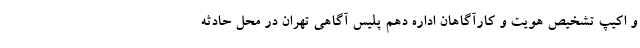
و اکیپ تشخیص هویت و کارآگاهان اداره دهم پلیس آگاهی تهران در محل حادثه